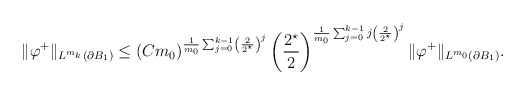
\begin{align*}\|\varphi^{+}\|_{L^{m_{k}}(\partial B_1)} &\leq(C m_0)^{\frac{1}{m_{0}} \sum_{j = 0}^{k-1} \left(\frac{2}{2^{\star}}\right)^{j} } \left(\frac{2^{\star}}{2}\right)^{\frac{1}{m_{0}} \sum_{j = 0}^{k-1} j\left(\frac{2}{2^{\star}}\right)^{j} } \|\varphi^{+}\|_{L^{m_{0}}(\partial B_1)}.\end{align*}